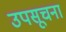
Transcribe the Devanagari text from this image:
उपसूचना